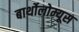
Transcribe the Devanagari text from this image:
बार्थोलोम्यूस